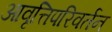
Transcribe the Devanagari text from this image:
आवृत्तिपरिवर्तन